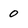
Character: 0